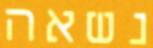
נשאה